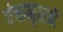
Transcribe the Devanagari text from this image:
पंचामृतानें